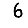
Digit: 6